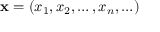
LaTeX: \mathbf { x } = \left( x _ { 1 } , x _ { 2 } , \ldots , x _ { n } , \ldots \right)